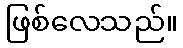
ဖြစ်လေသည်။